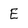
Character: E